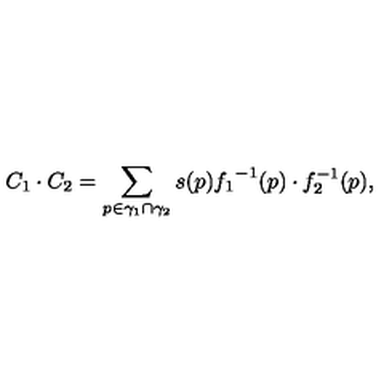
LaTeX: C _ { 1 } \cdot C _ { 2 } = \sum _ { p \in \gamma _ { 1 } \cap \gamma _ { 2 } } s ( p ) { f _ { 1 } } ^ { - 1 } ( p ) \cdot f _ { 2 } ^ { - 1 } ( p ) ,